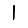
Digit: 1